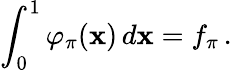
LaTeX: \int_{0}^{1}\varphi_{\pi}(\mathbf{x})\, d\mathbf{x}=f_{\pi}\, .